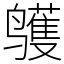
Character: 鹱